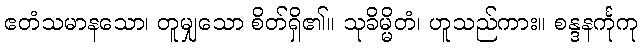
ဧတံသမာနသော၊ တူမျှသော စိတ်ရှိ၏။ သုခိမ္မိတံ၊ ဟူသည်ကား။ စန္ဒနင်္ကုကု